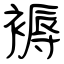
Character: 褥